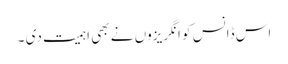
اس ڈانس کو انگریزوں نے بھی اہمیت دی ۔